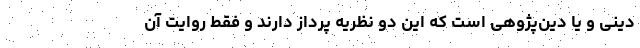
دینی و یا دین‌پژوهی است که این دو نظریه پرداز دارند و فقط روایت آن